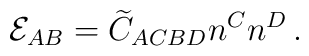
{\cal E}_{AB}=\widetilde{C}_{ACBD}n^C n^D\,.